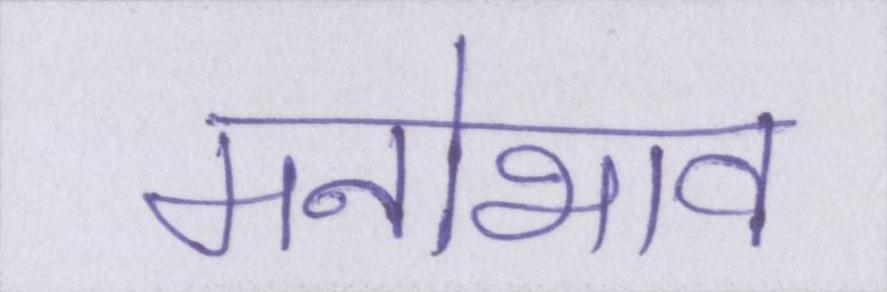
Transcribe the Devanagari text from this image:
मनोभाव